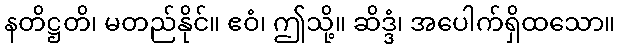
နတိဋ္ဌတိ၊ မတည်နိုင်။ ဧဝံ၊ ဤသို့။ ဆိဒ္ဒံ၊ အပေါက်ရှိထသော။